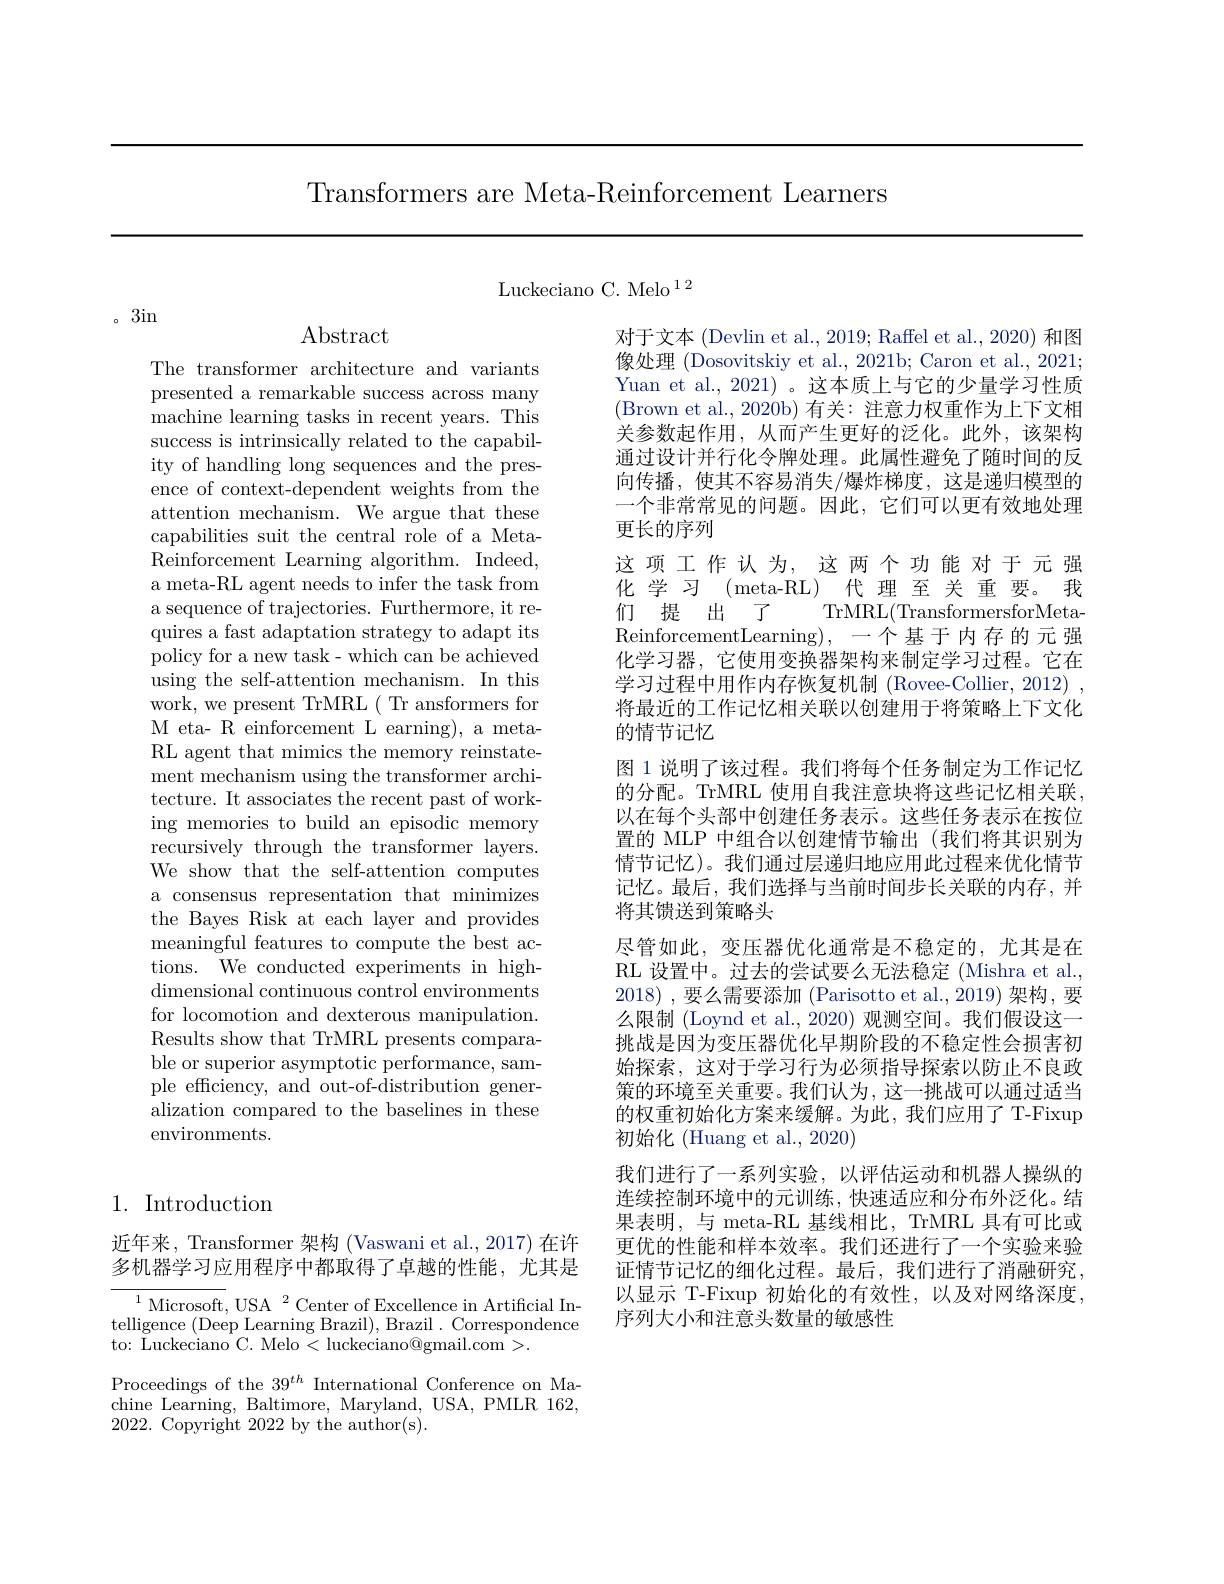
Transformers are Meta-Reinforcement Learners

。3in

Abstract

The transformer architecture and variants presented a remarkable success across many machine learning tasks in recent years. This success is intrinsically related to the capability of handling long sequences and the presence of context-dependent weights from the attention mechanism. We argue that these capabilities suit the central role of a MetaReinforcement Learning algorithm. Indeed, a meta-RL agent needs to infer the task from a sequence of trajectories. Furthermore, it requires a fast adaptation strategy to adapt its policy for a new task- which can be achieved using the self-attention mechanism. In this work, we present TrMRL( Tr ansformers for M eta- R einforcement L earning), a metaRL agent that mimics the memory reinstatement mechanism using the transformer architecture. It associates the recent past of working memories to build an episodic memory recursively through the transformer layers. We show that the self-attention computes a consensus representation that minimizes the Bayes Risk at each layer and provides meaningful features to compute the best actions. We conducted experiments in highdimensional continuous control environments for locomotion and dexterous manipulation. Results show that TrMRL presents comparable or superior asymptotic performance, sample efficiency, and out-of-distribution generalization compared to the baselines in these environments.

## 1. Introduction

### 近年来，Transformer 架构 (Vaswani et al., 2017) 在许多机器学习应用程序中都取得了卓越的性能，尤其是

${\overline{{\mathrm{Microsoft}}},{\mathrm{USA}}}^{1}$Center of Excellence in Artificial Intelligence (Deep Learning Brazil), Brazil. Correspondence to: Luckeciano C. Melo < luckeciano@gmail.com >.

Proceedings of the $39^{th}$ International Conference on Machine Learning, Baltimore, Maryland, USA, PMLR 162, 2022. Copyright 2022 by the author(s).

Luckeciano C. Melo $^{12}$

对于文本 (Devlin et al., 2019; Raffel et al., 2020) 和图像处理 (Dosovitskiy et al., 2021b; Caron et al., 2021; Yuan et al., 2021)。这本质上与它的少量学习性质(Brown et al.,2020b)有关：注意力权重作为上下文相关参数起作用，从而产生更好的泛化。此外，该架构通过设计并行化令牌处理。此属性避免了随时间的反向传播，使其不容易消失/爆炸梯度，这是递归模型的一个非常常见的问题。因此，它们可以更有效地处理更长的序列
这项工作认为，这两个功能对于元强化学习(meta-RL)代理至关重要。我们 提 出 了 TrMRL(TransformersforMeta- $\begin{array}{cc}\text{ReinforcementLearning),}&\text{一个基于内存的元强}\\\end{array}$ 化学习器，它使用变换器架构来制定学习过程。它在学习过程中用作内存恢复机制 (Rovee-Collier, 2012) , 将最近的工作记忆相关联以创建用于将策略上下文化的情节记忆
图 1 说明了该过程。我们将每个任务制定为工作记忆的分配。TrMRL 使用自我注意块将这些记忆相关联， 以在每个头部中创建任务表示。这些任务表示在按位置的 MLP 中组合以创建情节输出 (我们将其识别为情节记忆)。我们通过层递归地应用此过程来优化情节记忆。最后，我们选择与当前时间步长关联的内存，并将其馈送到策略头
尽管如此，变压器优化通常是不稳定的，尤其是在RL 设置中。过去的尝试要么无法稳定 (Mishra et al., 2018) ,要么需要添加 (Parisotto et al.,2019)架构，要么限制 (Loynd et al.,2020) 观测空间。我们假设这一挑战是因为变压器优化早期阶段的不稳定性会损害初始探索，这对于学习行为必须指导探索以防止不良政策的环境至关重要。我们认为，这一挑战可以通过适当的权重初始化方案来缓解。为此，我们应用了 T-Fixup 初始化 (Huang et al., 2020)
我们进行了一系列实验，以评估运动和机器人操纵的连续控制环境中的元训练，快速适应和分布外泛化。结果表明，与 meta-RL 基线相比，TrMRL 具有可比或更优的性能和样本效率。我们还进行了一个实验来验证情节记忆的细化过程。最后，我们进行了消融研究， 以显示 T-Fixup 初始化的有效性，以及对网络深度， 序列大小和注意头数量的敏感性